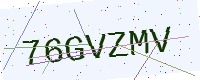
Text: 76GVZMV